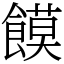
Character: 饃